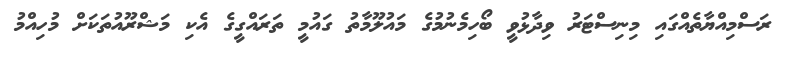
ރަސްމިއްޔާތެއްގައި މިނިސްޓަރު ވިދާޅުވީ ބޯހިމެނުމުގެ މައުލޫމާތު ގައުމީ ތަރައްގީގެ އެކި މަޝްރޫއުތަކަށް މުހިއްމު